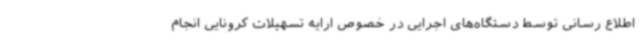
اطلاع رسانی توسط دستگاه‌های اجرایی در خصوص ارایه تسهیلات کرونایی انجام